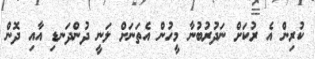
ކުރިން އެ ރުކަށް ނަދުރުބުނާ މީހުން އެތަނަށް ލަނީ ދުންދަނޑި އާއި ދޮން